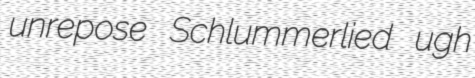
unrepose Schlummerlied ugh